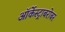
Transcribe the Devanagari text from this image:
ऑर्केस्ट्राबरोबर